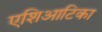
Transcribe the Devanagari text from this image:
एशिआटिका